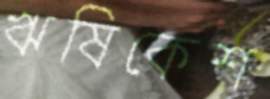
ঋষিকেশ